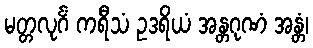
မတ္တလုင်္ဂံ ကရီသံ ဥဒရိယံ အန္တဂုဏံ အန္တံ၊